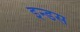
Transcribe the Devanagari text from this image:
इन्‍डस